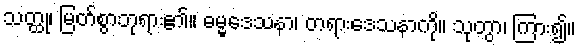
သတ္ထု၊ မြတ်စွာဘုရား၏။ ဓမ္မဒေသနာ၊ တရားဒေသနာကို။ သုတွာ၊ ကြား၍။